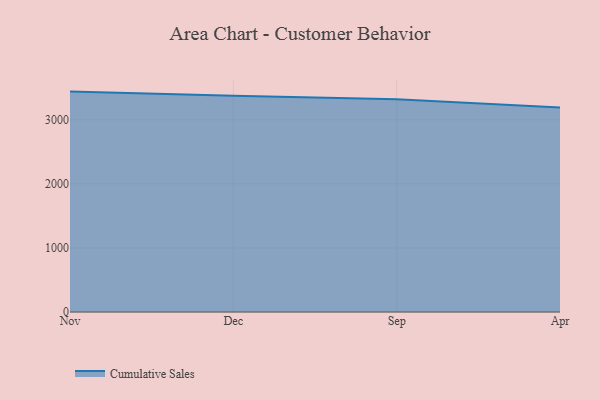
{"axis": {"x": "Month", "y": "Budget (USD K)"}, "legend": ["Cumulative Sales"], "data": [{"x": "Nov", "y": 3441.1, "type": "Cumulative Sales"}, {"x": "Dec", "y": 3375.0, "type": "Cumulative Sales"}, {"x": "Sep", "y": 3321.0, "type": "Cumulative Sales"}, {"x": "Apr", "y": 3192.1, "type": "Cumulative Sales"}]}